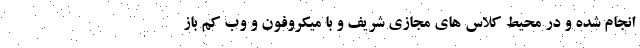
انجام شده و در محیط کلاس های مجازی شریف و با میکروفون و وب کم باز